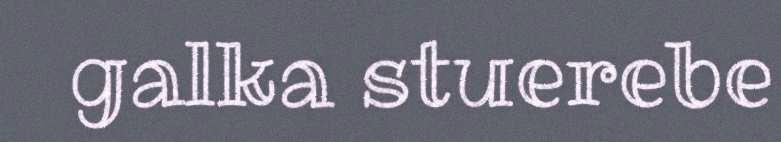
galka stuerebe